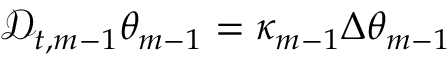
\mathscr { D } _ { t , m - 1 } \theta _ { m - 1 } = \kappa _ { m - 1 } \Delta \theta _ { m - 1 }